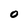
Character: 0